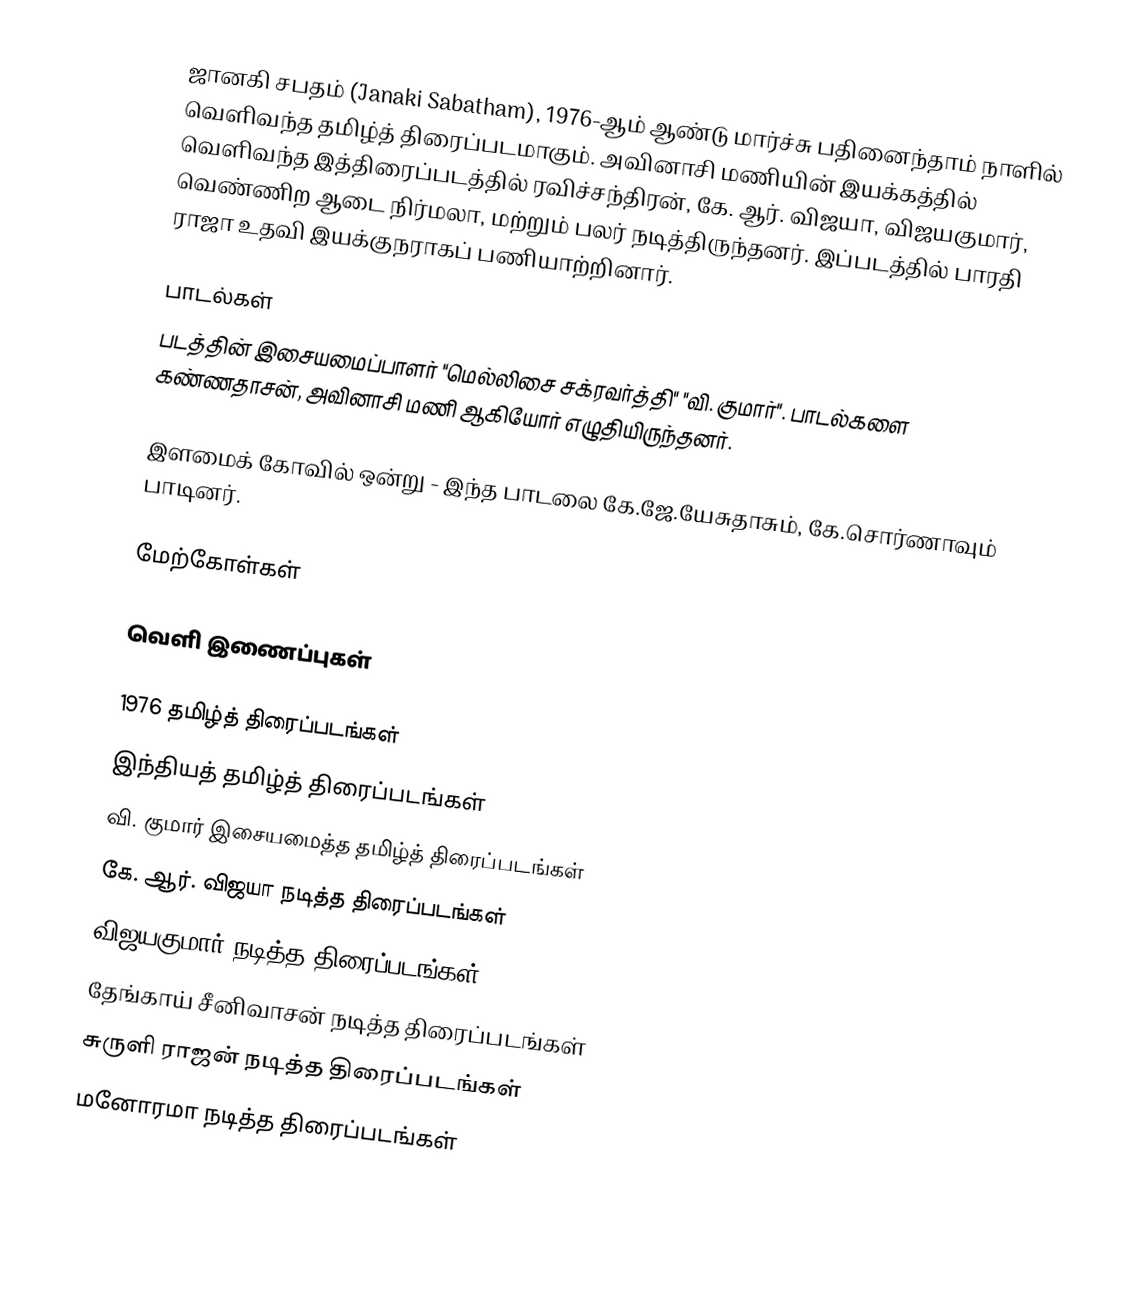
ஜானகி சபதம் (Janaki Sabatham),  1976-ஆம் ஆண்டு மார்ச்சு பதினைந்தாம் நாளில் வெளிவந்த தமிழ்த் திரைப்படமாகும். அவினாசி மணியின் இயக்கத்தில் வெளிவந்த இத்திரைப்படத்தில் ரவிச்சந்திரன், கே. ஆர். விஜயா, விஜயகுமார், வெண்ணிற ஆடை நிர்மலா, மற்றும் பலர் நடித்திருந்தனர். இப்படத்தில் பாரதி ராஜா உதவி இயக்குநராகப் பணியாற்றினார்.

பாடல்கள்
படத்தின் இசையமைப்பாளர்  "மெல்லிசை சக்ரவர்த்தி"  "வி. குமார்".  பாடல்களை கண்ணதாசன், அவினாசி மணி ஆகியோர் எழுதியிருந்தனர்.

 இளமைக் கோவில் ஒன்று - இந்த பாடலை கே.ஜே.யேசுதாசும், கே.சொர்ணாவும் பாடினர்.

மேற்கோள்கள்

வெளி இணைப்புகள்

1976 தமிழ்த் திரைப்படங்கள்
இந்தியத் தமிழ்த் திரைப்படங்கள்
வி. குமார் இசையமைத்த தமிழ்த் திரைப்படங்கள்
கே. ஆர். விஜயா நடித்த திரைப்படங்கள்
விஜயகுமார் நடித்த திரைப்படங்கள்
தேங்காய் சீனிவாசன் நடித்த திரைப்படங்கள்
சுருளி ராஜன் நடித்த திரைப்படங்கள்
மனோரமா நடித்த திரைப்படங்கள்